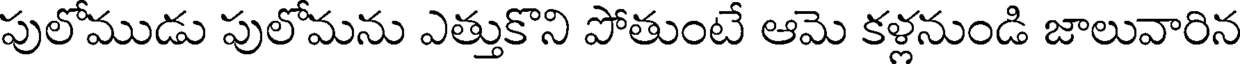
పులోముడు పులోమను ఎత్తుకొని పోతుంటే ఆమె కళ్లనుండి జాలువారిన